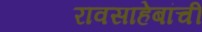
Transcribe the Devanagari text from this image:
रावसाहेबांचीं